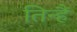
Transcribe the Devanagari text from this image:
तिन्‍हैं